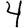
Digit: 4